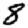
Digit: 8